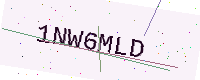
Text: 1NW6MLD